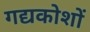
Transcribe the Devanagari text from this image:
गद्यकोशों